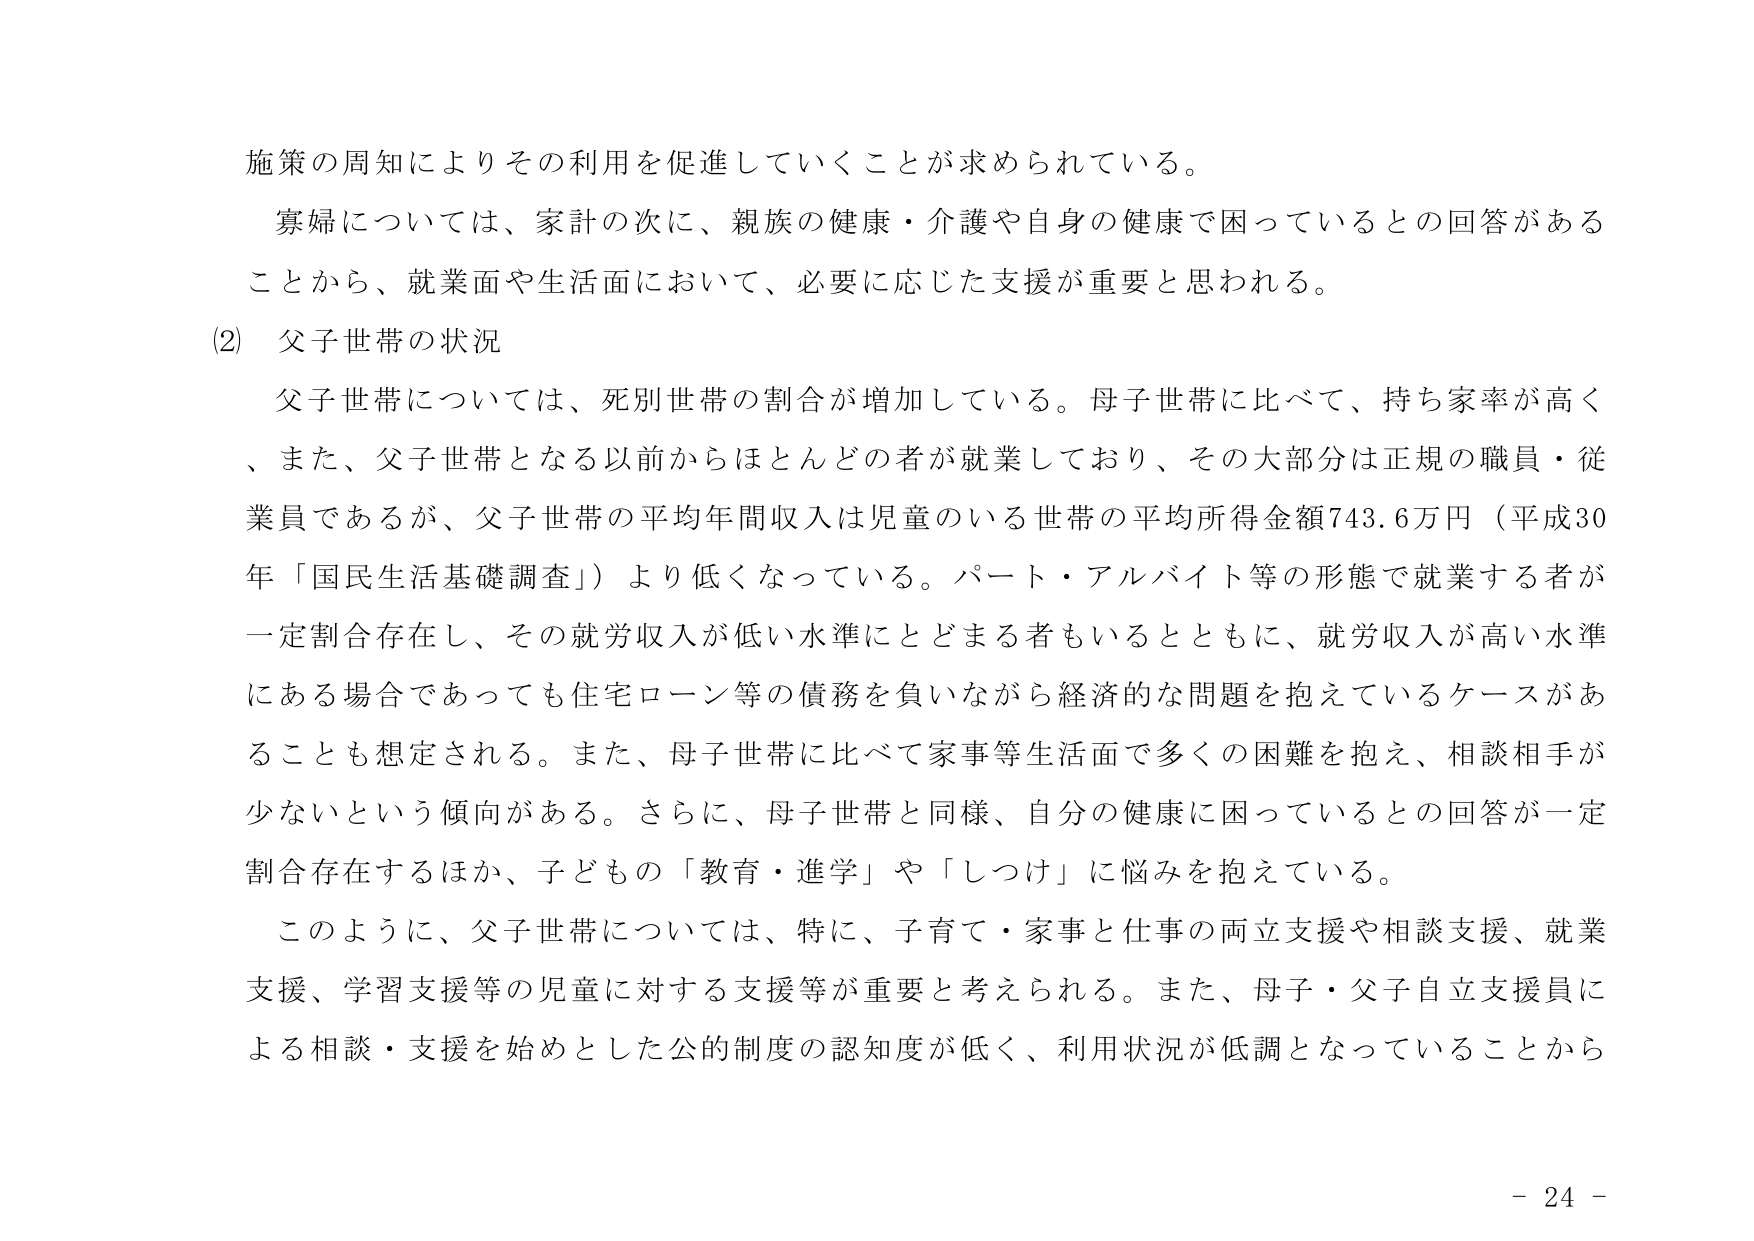
施策の周知によりその利用を促進していくことが求められている。

寡婦については、家計の次に、親族の健康・介護や自身の健康で困っているとの回答があることから、就業面や生活面において、必要に応じた支援が重要と思われる。

(2) 父子世帯の状況

父子世帯については、死別世帯の割合が増加している。母子世帯に比べて、持ち家率が高く、また、父子世帯となる以前からほとんどの者が就業しており、その大部分は正規の職員・従業員であるが、父子世帯の平均年間収入は児童のいる世帯の平均所得金額743.6万円（平成30年「国民生活基礎調査」）より低くなっている。パート・アルバイト等の形態で就業する者が一定割合存在し、その就労収入が低い水準にとどまる者もいるとともに、就労収入が高い水準にある場合であっても住宅ローン等の債務を負いながら経済的な問題を抱えているケースがあることも想定される。また、母子世帯に比べて家事等生活面で多くの困難を抱え、相談相手が少ないという傾向がある。さらに、母子世帯と同様、自分の健康に困っているとの回答が一定割合存在するほか、子どもの「教育・進学」や「しつけ」に悩みを抱えている。

このように、父子世帯については、特に、子育て・家事と仕事の両立支援や相談支援、就業支援、学習支援等の児童に対する支援等が重要と考えられる。また、母子・父子自立支援員による相談・支援を始めとした公的制度の認知度が低く、利用状況が低調となっていることから

- 24 -